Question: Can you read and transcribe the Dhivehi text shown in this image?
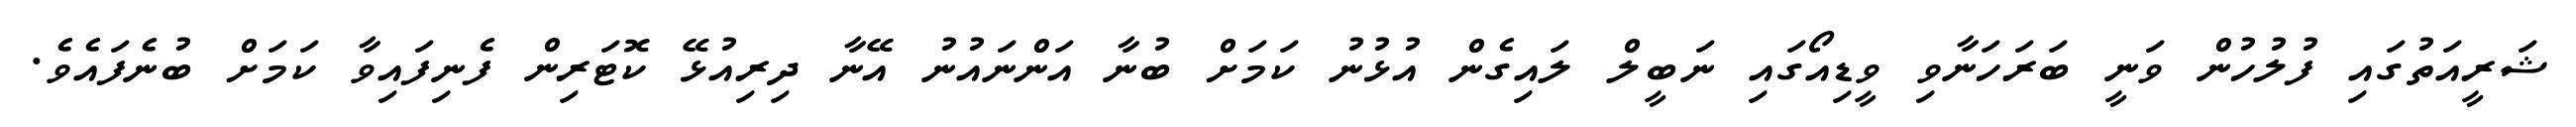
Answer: ޝަރީއަތުގައި ފުލުހުން ވަނީ ބަރަހަނާވި ވީޑިއޯގައި ނަބީލް ލައިގެން އުޅުނު ކަމަށް ބުނާ އަންނައުނު އޭނާ ދިރިއުޅޭ ކޮޓަރިން ފެނިފައިވާ ކަމަށް ބުނެފައެވެ.